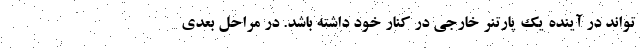
‌تواند در آینده یک پارتنر خارجی در کنار خود داشته باشد. در مراحل بعدی